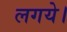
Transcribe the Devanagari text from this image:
लगये।